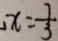
x = \frac { 7 } { 3 }